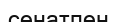
сенатпен